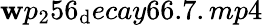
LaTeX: \mathbf{w}p_{2}56_{\mathrm{d}}ecay66.7.mp4